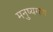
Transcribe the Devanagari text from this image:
मनुष्यगण